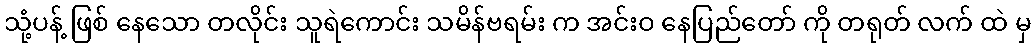
သုံ့ပန့် ဖြစ် နေသော တလိုင်း သူရဲကောင်း သမိန်ဗရမ်း က အင်းဝ နေပြည်တော် ကို တရုတ် လက် ထဲ မှ